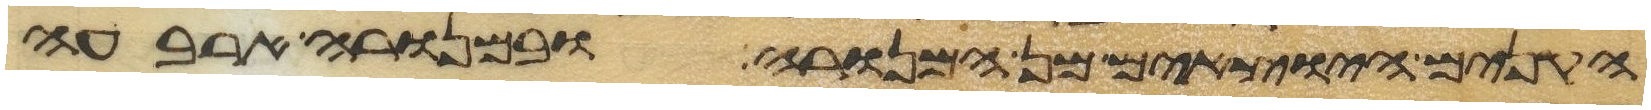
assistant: הקנים היוצאים מן המנורה ובמנורה ארבעה